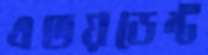
এভয়ডেন্ট